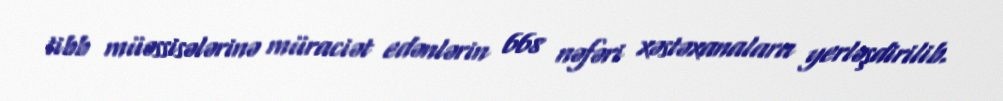
tibb müəssisələrinə müraciət edənlərin 668 nəfəri xəstəxanalara yerləşdirilib.